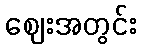
ဈေးအတွင်း